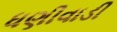
ધણીવાડી